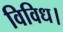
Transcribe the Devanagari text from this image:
विविध।